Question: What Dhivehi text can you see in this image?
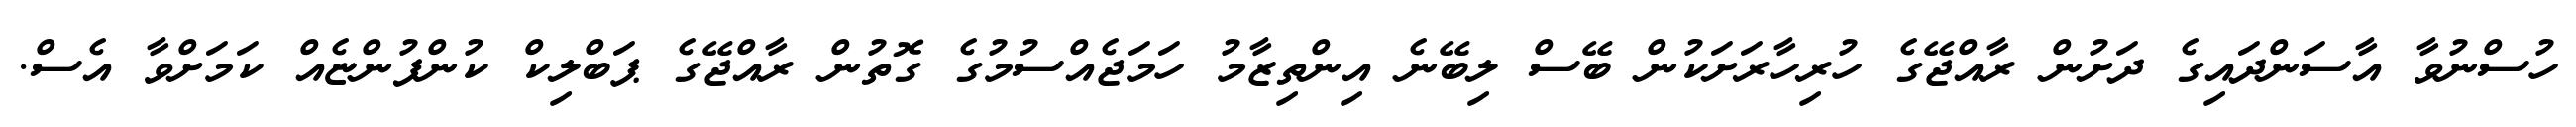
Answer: ހުސްނުވާ އާސަންދައިގެ ދަށުން ރާއްޖޭގެ ހުރިހާރަށަކުން ބޭސް ލިބޭނެ އިންތިޒާމު ހަމަޖެއްސުމުގެ ގޮތުން ރާއްޖޭގެ ޕަބްލިކް ކުންފުންޏެއް ކަމަށްވާ އެސް.